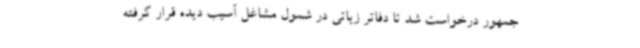
جمهور درخواست شد تا دفاتر زیاتی در شمول مشاغل آسیب دیده قرار گرفته